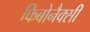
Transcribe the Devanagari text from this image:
फिबोनैक्सी